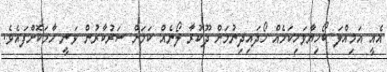
އެއީ އަމިއްލަ ބޯހިޔާވަހިކަމެއް ހޯދައިދިނުމަށް ދޫކުރާ ލޯނެއް ކަމަށް ސަރުކާރުން ވަނީ ހާމަކޮށްފައެވެ.